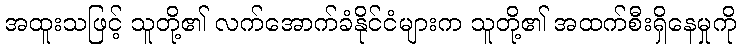
အထူးသဖြင့် သူတို့၏ လက်အောက်ခံနိုင်ငံများက သူတို့၏ အထက်စီးရှိနေမှုကို